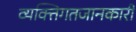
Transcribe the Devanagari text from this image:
व्यक्तिगतजानकारी